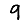
Digit: 9